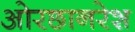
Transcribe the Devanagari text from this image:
ओरछानरेश